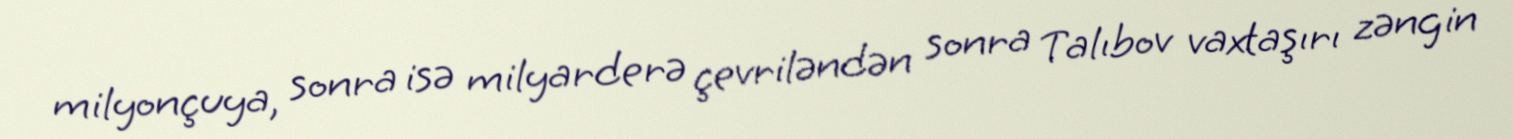
milyonçuya, sonra isə milyarderə çevriləndən sonra Talıbov vaxtaşırı zəngin